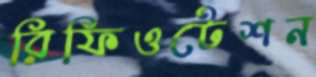
রিফিওটেশন